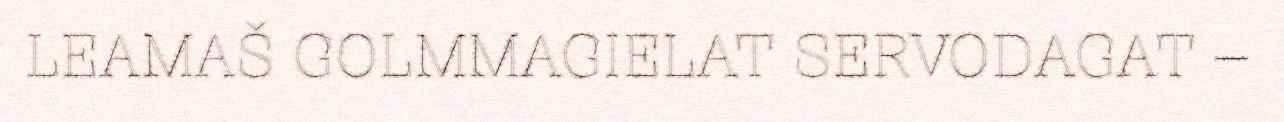
LEAMAŠ GOLMMAGIELAT SERVODAGAT –